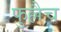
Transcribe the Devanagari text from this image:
फुल्लैच